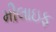
મીલાઇફ